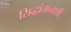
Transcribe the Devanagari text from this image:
सिद्धांतानाशी